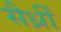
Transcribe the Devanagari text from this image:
सैर्ध्रीं